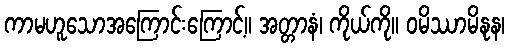
ကာမဟူသောအကြောင်းကြောင့်။ အတ္တာနံ၊ ကိုယ်ကို။ ဝမိဿာမိနုန၊